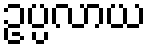
ဥပ္ပလာယ